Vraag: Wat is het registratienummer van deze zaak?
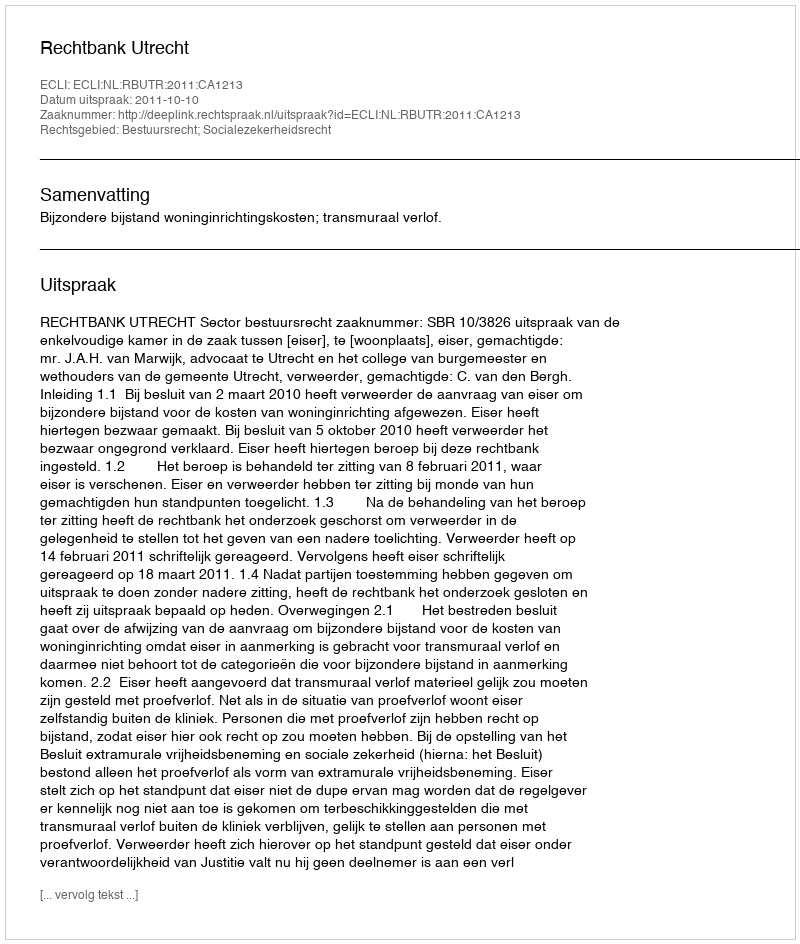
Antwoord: http://deeplink.rechtspraak.nl/uitspraak?id=ECLI:NL:RBUTR:2011:CA1213